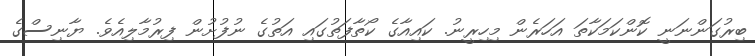
ބިރުގަންނަނީ ކޮންކަމަކާތަ އަހަރެން މިހިރީނު. ކައިއާގެ ކޯތާފަތުގައި އަތުގެ ނުފުށުން ފިރުމާލިއެވެ. ޔާނިސްގެ